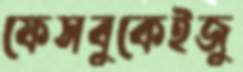
ফেসবুকেইজু